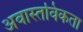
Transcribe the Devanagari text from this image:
अवास्तविकता